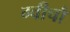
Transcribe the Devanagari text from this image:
ग्वीचौ